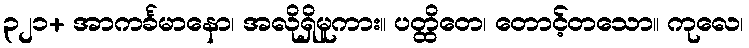
၃၂၁+ အာကင်္ခမာနော၊ အလိုရှိမူကား။ ပတ္ထိတေ၊ တောင့်တသော။ ကုလေ၊